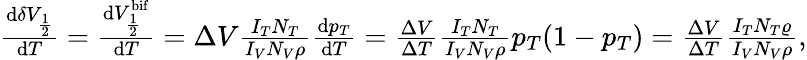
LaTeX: \begin{array}{r}{\frac{\mathrm{d}\delta V_{\frac{1}{2}}}{\mathrm{d}T}=\frac{\mathrm{d}V_{\frac{1}{2}}^{\mathrm{bif}}}{\mathrm{d}T}=\Delta V\frac{I_{T}N_{T}}{I_{V}N_{V}\rho}\frac{\mathrm{d}p_{T}}{\mathrm{d}T}=\frac{\Delta V}{\Delta T}\frac{I_{T}N_{T}}{I_{V}N_{V}\rho}p_{T}(1-p_{T})=\frac{\Delta V}{\Delta T}\frac{I_{T}N_{T}\varrho}{I_{V}N_{V}\rho},}\end{array}